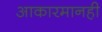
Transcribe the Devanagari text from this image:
आकारमानही